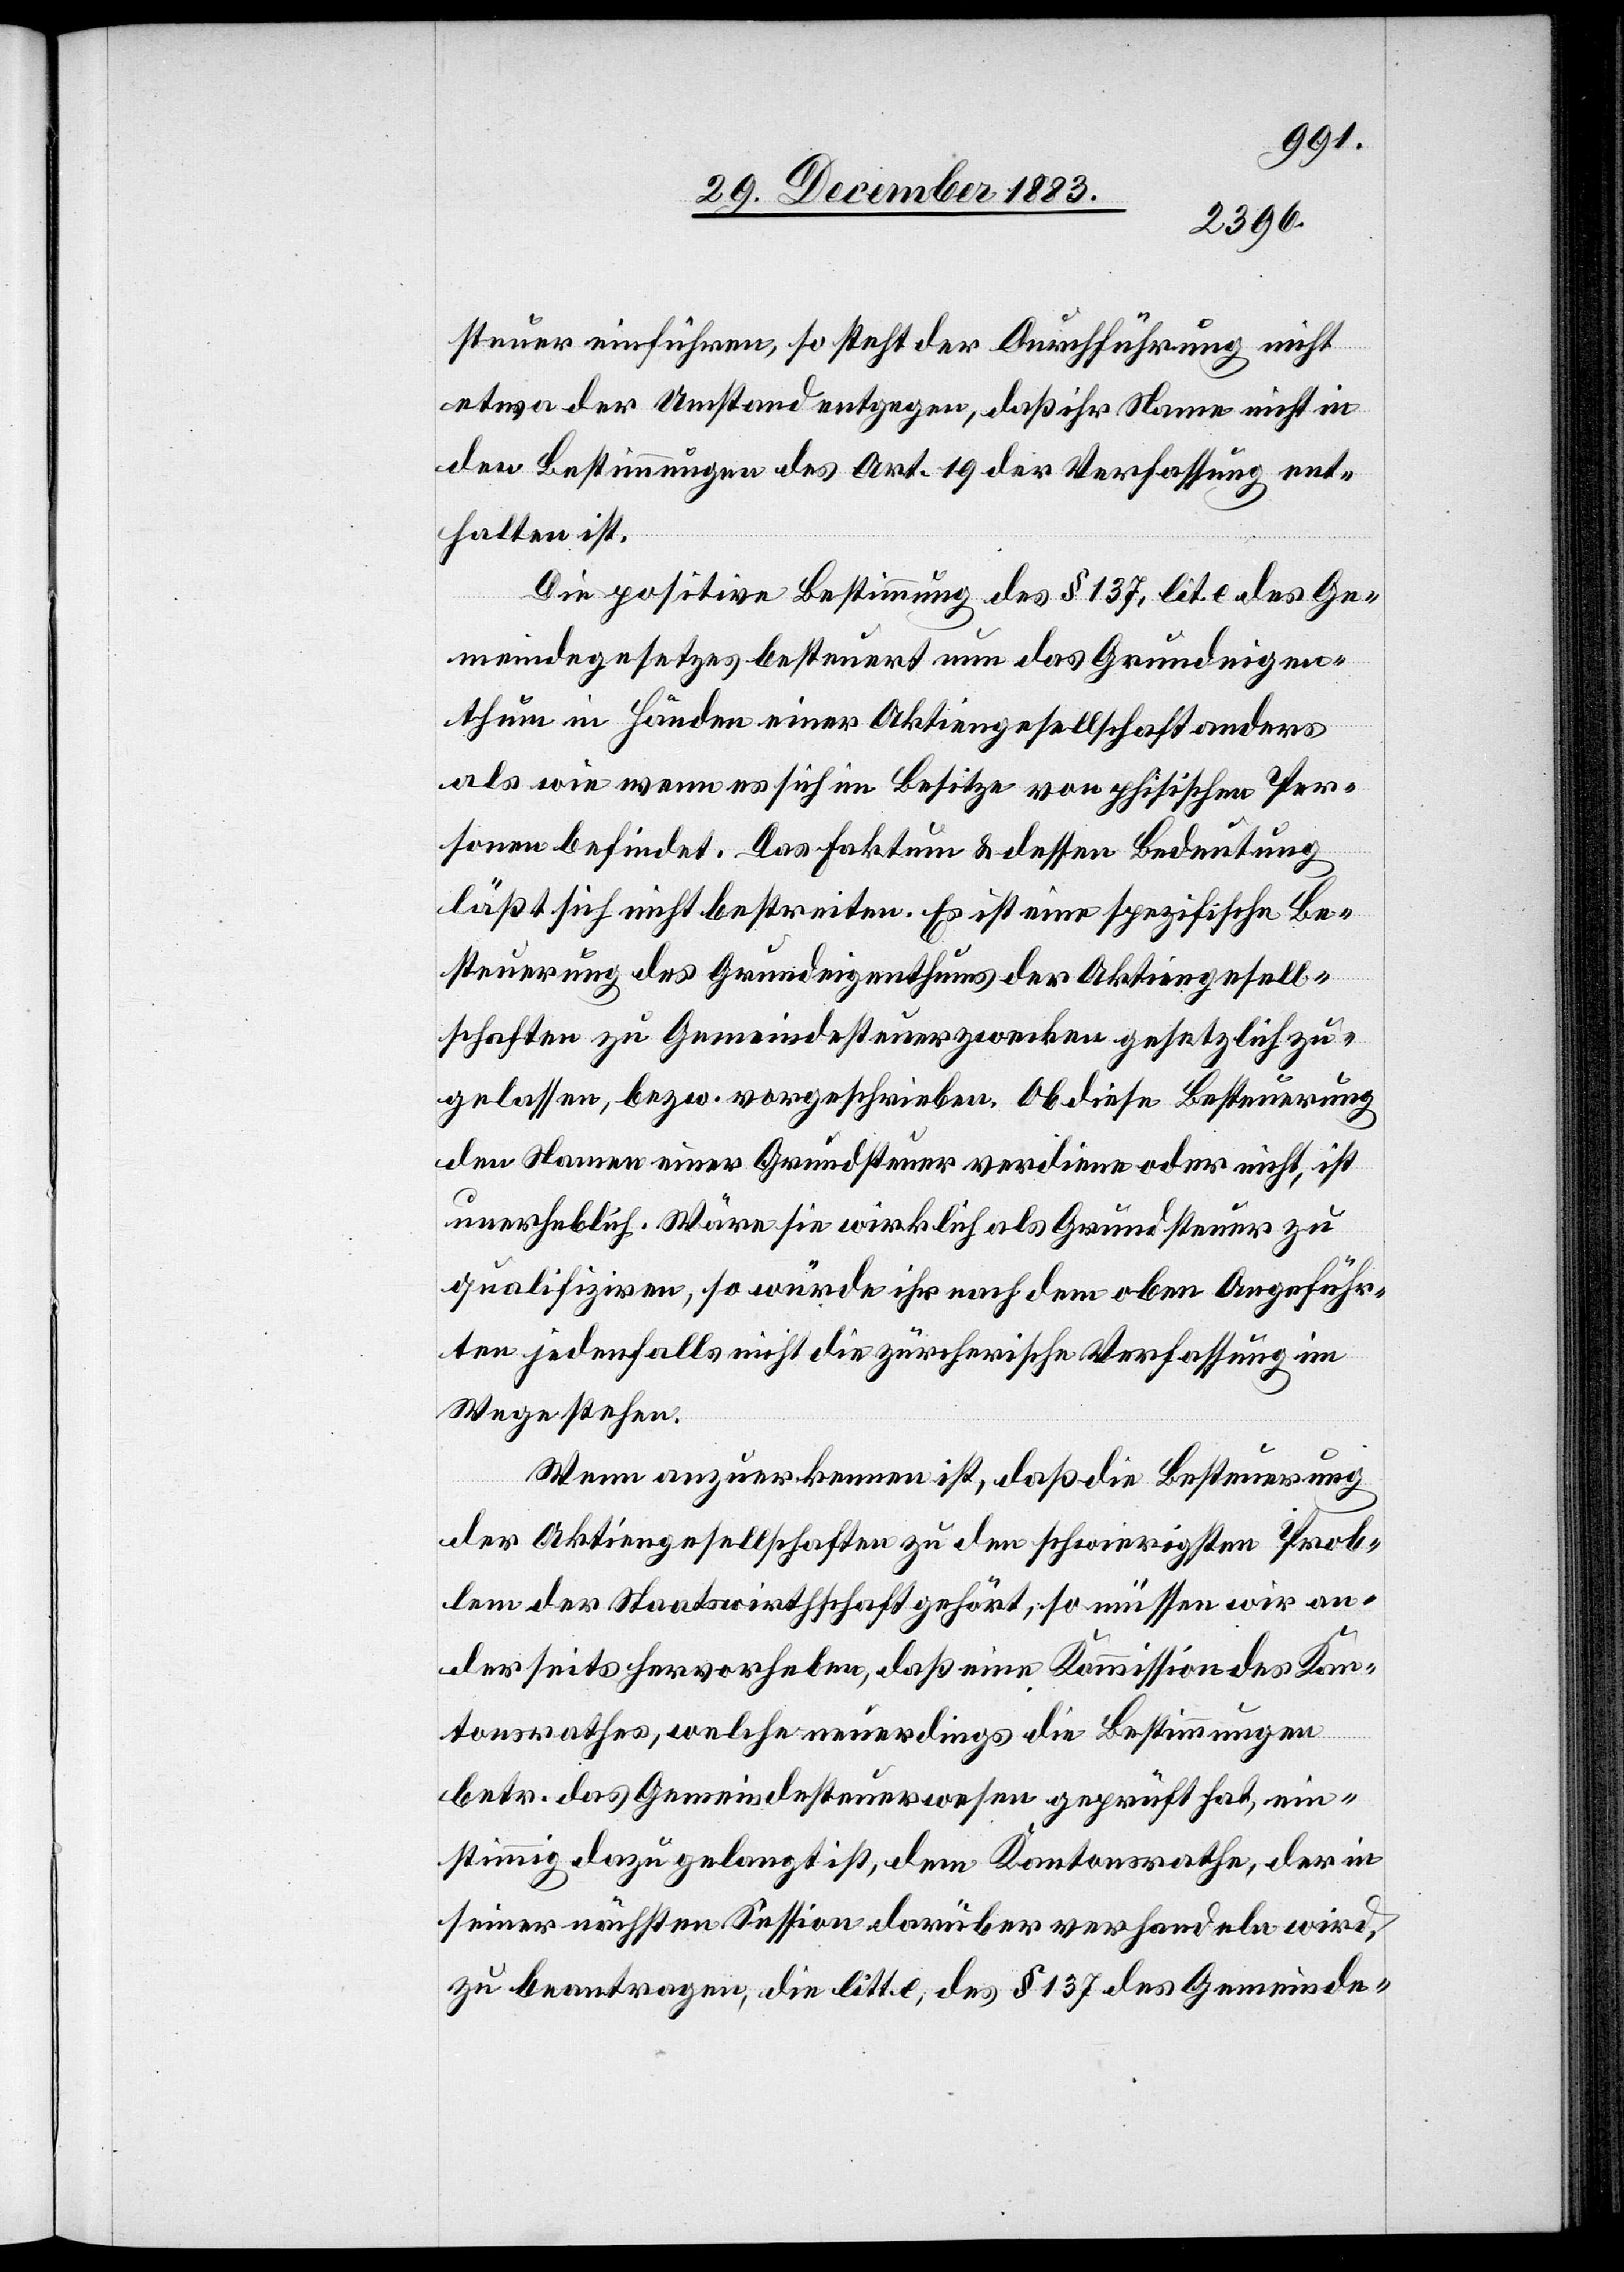
steuer einführen, so steht der Durchführung nicht
etwa der Umstand entgegen, daß ihr Name nicht in
den Bestimmungen des Art. 19 der Verfassung ent¬
halten ist.
Die positive Bestimmung des § 137, lit. e des Ge¬
meindegesetzes besteuert nun das Grundeigen¬
thum in Händen einer Aktiengesellschaft anders
als wie wenn es sich im Besitze von phisischen [sic!]
Personen befindet. Das Faktum & dessen Bedeutung
läßt sich nicht bestreiten. Es ist eine spezifische Be¬
steuerung des Grundeigenthums der Aktiengesell¬
schaften zu Gemeindesteuerzwecken gesetzlich zu¬
gelassen, bezw. vorgeschrieben. Ob diese Besteuerung
den Namen einer Grundsteuer verdiene oder nicht, ist
unerheblich. Wäre sie wirklich als Grundsteuer zu
qualifiziren, so würde ihr nach dem oben Angeführ¬
ten jedenfalls nicht die zürcherische Verfassung im
Wege stehen.
Wenn anzuerkennen ist, daß die Besteuerung
der Aktiengesellschaften zu den schwierigsten Prob¬
lem[en] der Staatswirthschaft gehört, so müssen wir an¬
derseits hervorheben, daß eine Kommission des Kan¬
tonsrathes, welche neuerdings die Bestimmungen
betr. das Gemeindesteuerwesen geprüft hat, ein¬
stimmig dazu gelangt ist, dem Kantonsrathe, der in
seiner nächsten Session darüber verhandeln wird,
zu beantragen, die litt. e des § 137 des Gemeinde-